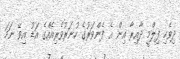
ދިވެހި ފިލްމީ ދާއިރާ އިން އެ ފެންވަރުގެ ހުނަރުވެރިއެއްގެ އަޑު އިވޭ ނަމަ